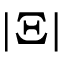
| \Xi |